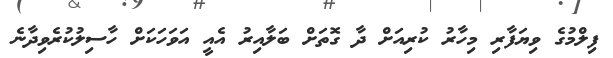
ފިލްމުގެ ވިޔަފާރި މިހާރު ކުރިއަށް ދާ ގޮތަށް ބަލާއިރު އެއީ އަވަހަކަށް ހާސިލުކުރެވިދާނެ